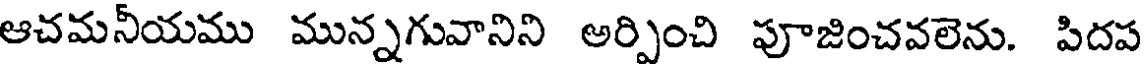
ఆచమనీయము మున్నగువానిని అర్పించి పూజించవలెను. పిదప